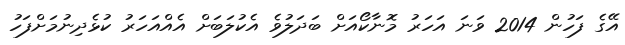
އޭގެ ފަހުން 2014 ވަނަ އަހަރު މޮނާކޯއަށް ބަދަލުވެ އެކުލަބަށް އެއްއަހަރު ކުޅެދިނުމަށްފަހު